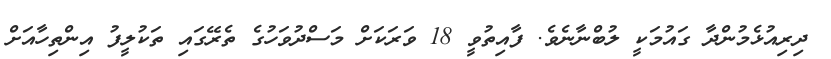
ދިރިއުޅެމުންދާ ގައުމަކީ ލުބްނާނެވެ. ފާއިތުވީ 18 ވަރަކަށް މަސްދުވަހުގެ ތެރޭގައި ތަކުލީފު އިންތިހާއަށް